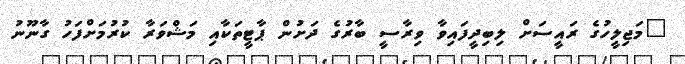
"މަޖިލީހުގެ ރައީސަށް ލިބިދީފައިވާ ވިރާސީ ބާރުގެ ދަށުން ޕާޓީތަކާއި މަޝްވަރާ ކުރުމަށްފަހު ގާނޫނު